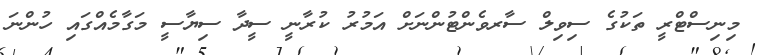
މިނިސްޓްރީ ތަކުގެ ސިވިލް ސާރވެންޓުންނަށް އަމުރު ކުރާނީ ސީދާ ސިޔާސީ މަގާމެއްގައި ހުންނަ